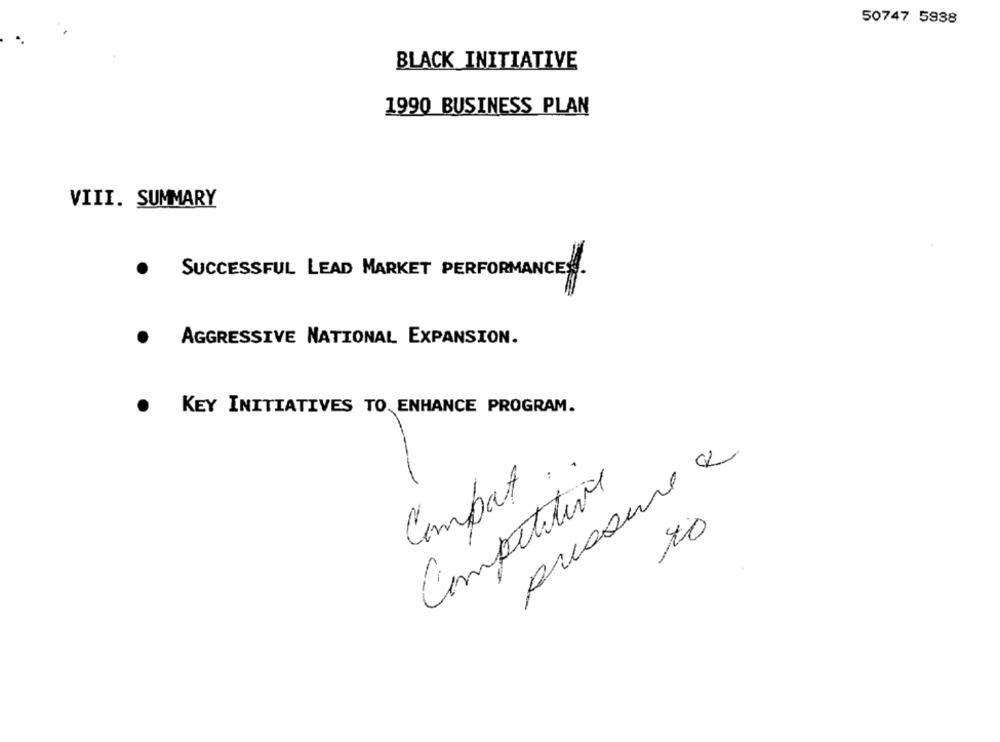
50747 5938
BLACK INITIATIVE
1990 BUSINESS PLAN
VIII. SUMMARY
SUCCESSFUL LEAD MARKET PERFORMANCES .
AGGRESSIVE NATIONAL EXPANSION.
KEY INITIATIVES TO, ENHANCE PROGRAM.
pressure e
.
Competitive
Combat
to